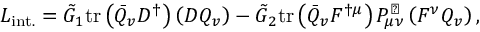
{ \cal L } _ { \mathrm { i n t . } } = \tilde { G } _ { 1 } \mathrm { t r } \left( \bar { Q } _ { v } D ^ { \dag } \right) \left( D Q _ { v } \right) - \tilde { G } _ { 2 } \mathrm { t r } \left( \bar { Q } _ { v } F ^ { \dag \mu } \right) P _ { \mu \nu } ^ { \perp } \left( F ^ { \nu } Q _ { v } \right) ,